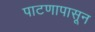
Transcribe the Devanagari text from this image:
पाटणापासून